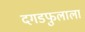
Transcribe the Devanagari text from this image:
दगडफुलाला